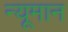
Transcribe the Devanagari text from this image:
न्यूमान